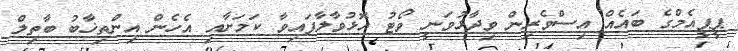
ޕީޕީއެމްގެ ބައެއް އިސްވެރިން ވިދާޅުވަނީ ވޯޓު އޮޅުވާލާފައިވާ ކަމަށާއި އެހެން އިންތިޚާބު ބާތިލް